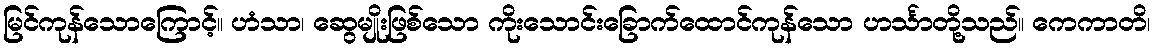
မြင်ကုန်သောကြောင့်။ ဟံသာ၊ ဆွေမျိုးဖြစ်သော ကိုးသောင်းခြောက်ထောင်ကုန်သော ဟင်္သာတို့သည်။ ကေကာတိ၊